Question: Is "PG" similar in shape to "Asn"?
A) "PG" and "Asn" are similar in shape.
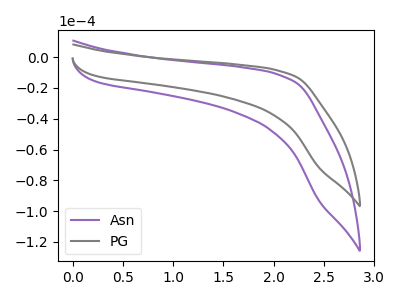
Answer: <think>The purple curve "Asn" has no peaks. The gray curve "PG" has no peaks.
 Neither "PG" or "Asn" have any peaks.</think>
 <answer>A) "PG" and "Asn" are similar in shape.</answer>
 <eval>A</eval>